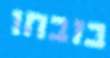
בזבחו